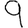
Digit: 9